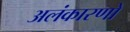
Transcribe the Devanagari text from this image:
अलंकारणों